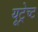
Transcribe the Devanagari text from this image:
यूट्रेच्ट